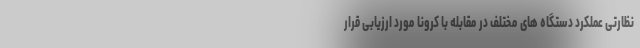
نظارتی عملکرد دستگاه های مختلف در مقابله با کرونا مورد ارزیابی قرار